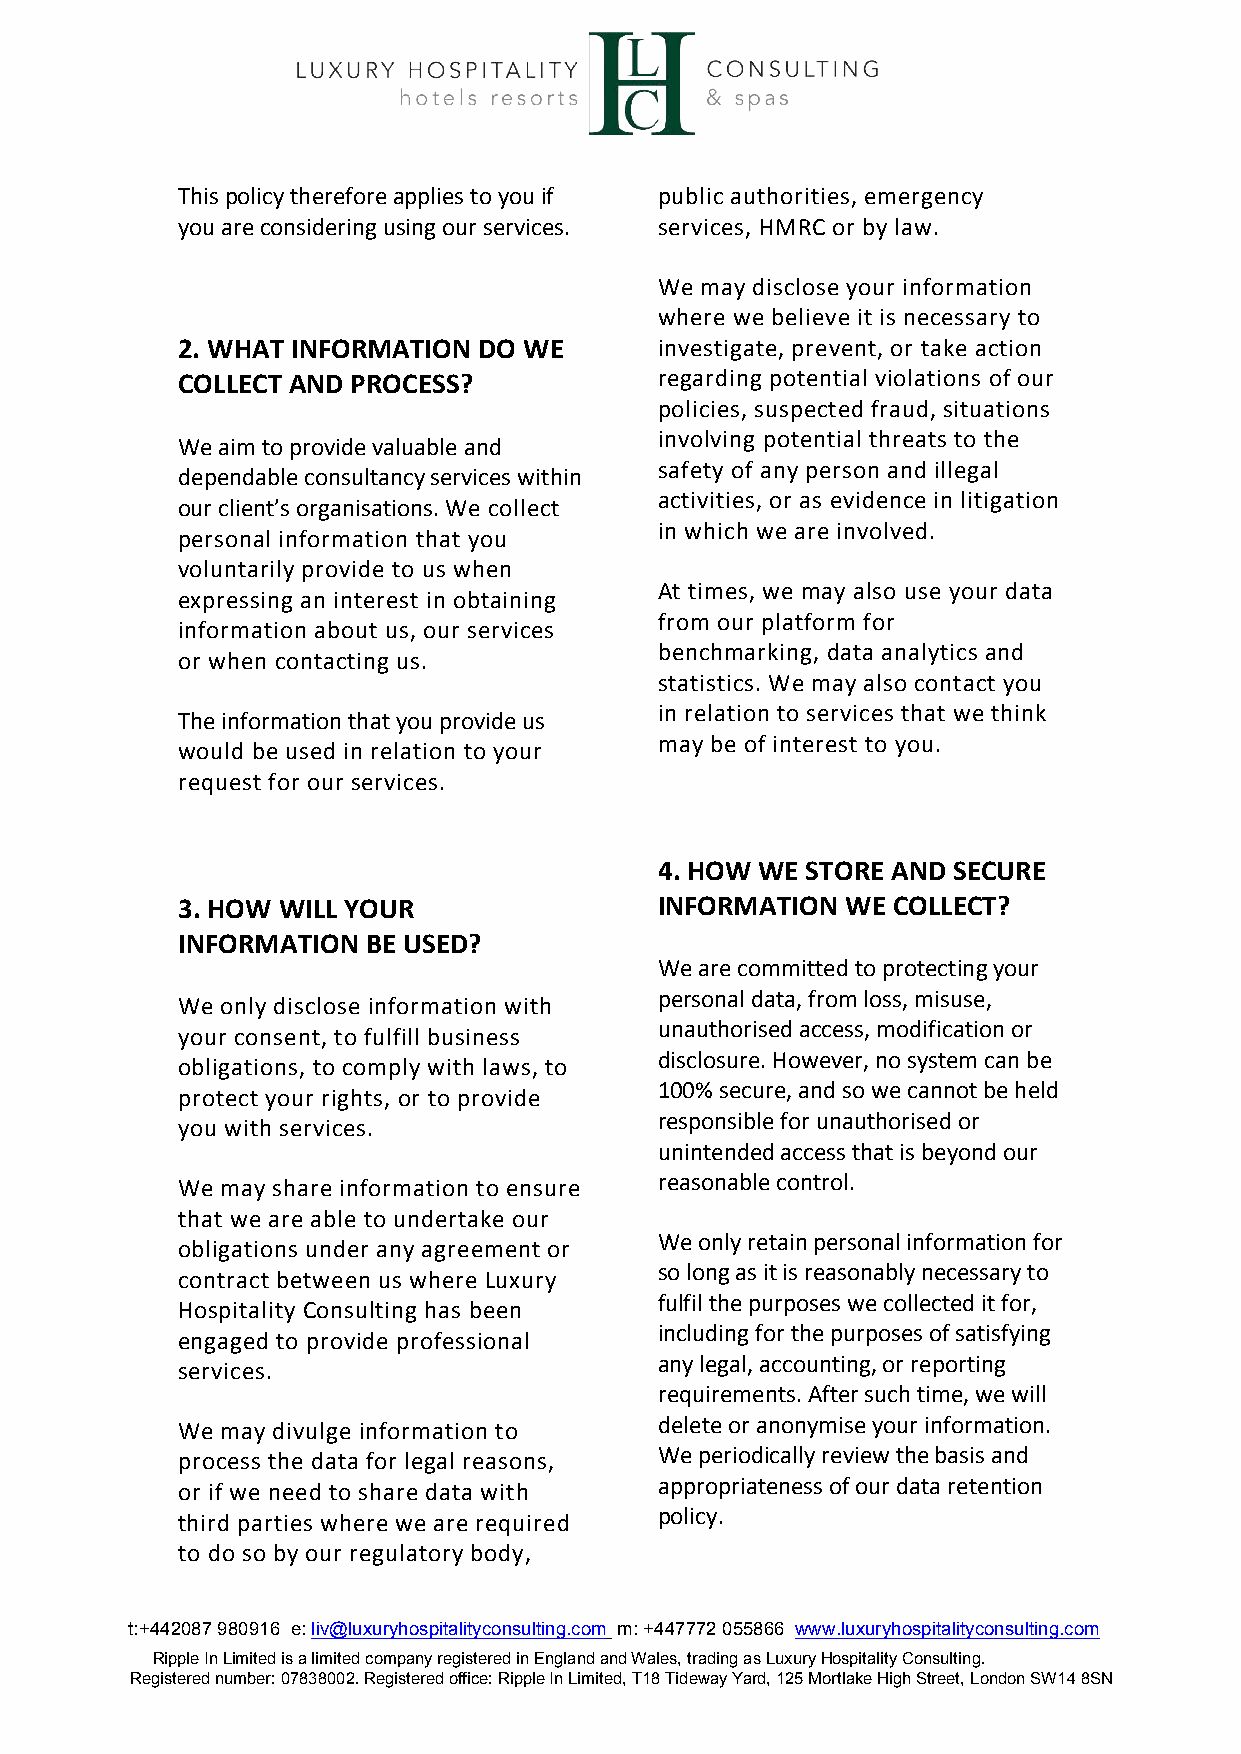
This policy therefore applies to you if public authorities, emergency
 you are considering using our services. services, HMRC or by law.
 We may disclose your information
 where we believe it is necessary to
 2. WHAT INFORMATION DO WE       investigate, prevent, or take action
 COLLECT AND PROCESS?            regarding potential violations of our
 policies, suspected fraud, situations
 involving potential threats to the
 We aim to provide valuable and
 safety of any person and illegal
 dependable consultancy services within
 activities, or as evidence in litigation
 our client’s organisations. We collect
 in which we are involved.
 personal information that you
 voluntarily provide to us when
 At times, we may also use your data
 expressing an interest in obtaining
 from our platform for
 information about us, our services
 benchmarking, data analytics and
 or when contacting us.
 statistics. We may also contact you
 in relation to services that we think
 The information that you provide us
 may be of interest to you.
 would be used in relation to your
 request for our services.
 4. HOW WE STORE AND SECURE
 3. HOW WILL YOUR                INFORMATION WE COLLECT?
 INFORMATION BE USED?
 We are committed to protecting your
 personal data, from loss, misuse,
 We only disclose information with
 unauthorised access, modification or
 your consent, to fulfill business
 disclosure. However, no system can be
 obligations, to comply with laws, to
 100% secure, and so we cannot be held
 protect your rights, or to provide
 responsible for unauthorised or
 you with services.
 unintended access that is beyond our
 We may share information to ensure reasonable control.
 that we are able to undertake our
 We only retain personal information for
 obligations under any agreement or
 so long as it is reasonably necessary to
 contract between us where Luxury
 fulfil the purposes we collected it for,
 Hospitality Consulting has been
 including for the purposes of satisfying
 engaged to provide professional
 any legal, accounting, or reporting
 services.
 requirements. After such time, we will
 We may divulge information to   delete or anonymise your information.
 process the data for legal reasons, We periodically review the basis and
 or if we need to share data with appropriateness of our data retention
 policy.
 third parties where we are required
 to do so by our regulatory body,
 t:+442087 980916 e: liv@luxuryhospitalityconsulting.com m: +447772 055866 www.luxuryhospitalityconsulting.com
 Ripple In Limited is a limited company registered in England and Wales, trading as Luxury Hospitality Consulting.
 Registered number: 07838002. Registered office: Ripple In Limited, T18 Tideway Yard, 125 Mortlake High Street, London SW14 8SN